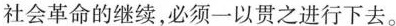
社会革命的继续，必须一以贯之进行下去。